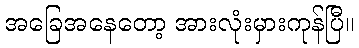
အခြေအနေတော့ အားလုံးမှားကုန်ပြီ။